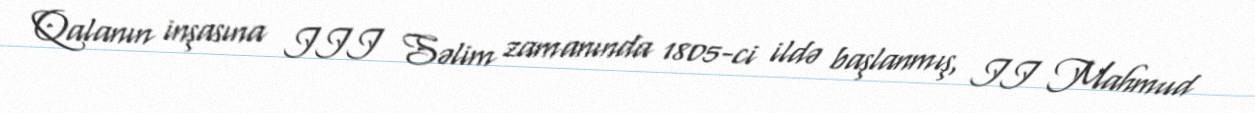
Qalanın inşasına III Səlim zamanında 1805-ci ildə başlanmış, II Mahmud